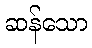
ဆန်သော